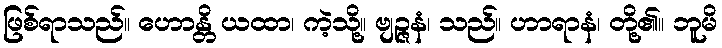
ဖြစ်ရာသည်။ ဟောန္တိ ယထာ၊ ကဲ့သို့။ ဗျဉ္ဇနံ၊ သည်။ ဟာရာနံ၊ တို့၏။ ဘူမိ